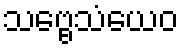
သဗ္ဗေသံယေဝ